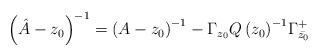
LaTeX: \begin{align*}\left( \hat{A}-z_{0} \right)^{-1}=\left( A-z_{0} \right)^{-1}-\Gamma _{z_{0}}{Q\left( z_{0} \right)}^{-1}\Gamma_{\bar{z_{0}}}^{+}\end{align*}